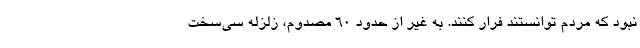
نبود كه مردم توانستند فرار كنند. به غير از حدود 60 مصدوم، زلزله سي‌سخت